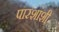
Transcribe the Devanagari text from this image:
पारशांशी